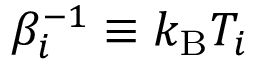
\beta _ { i } ^ { - 1 } \equiv k _ { \mathrm { B } } T _ { i }